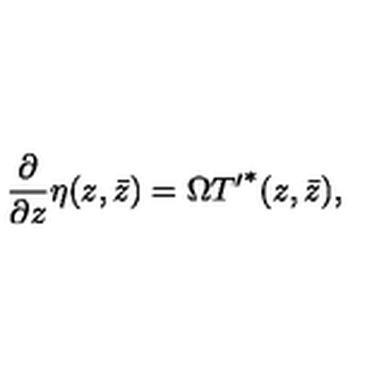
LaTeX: \frac { \partial } { \partial z } \eta ( { z , \bar { z } } ) = \Omega { T ^ { \prime } } ^ { * } ( { z , \bar { z } } ) ,